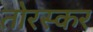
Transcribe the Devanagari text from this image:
तोरस्कर